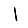
Digit: 1